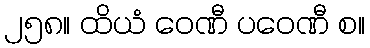
၂၅၈။ ထိယံ ဝေဏီ ပဝေဏီ စ။